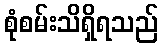
စုံစမ်းသိရှိရသည်